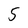
Character: 5